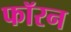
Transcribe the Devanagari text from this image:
फॉरन